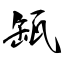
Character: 缻